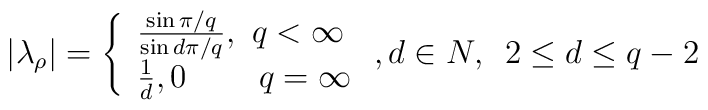
\left| \lambda _{\rho }\right| =\left\{ \begin{array}{l}\frac{\sin \pi /q}{\sin d\pi /q},\,\,q<\infty \\ \frac{1}{d},0\,\,\,\,\,\,\,\,\,\,\,\,\,q=\infty\end{array}\right. ,d\in N,\,\,\,2\leq d\leq q-2